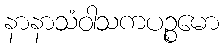
နာနာသံဝါသကပဉ္စမော